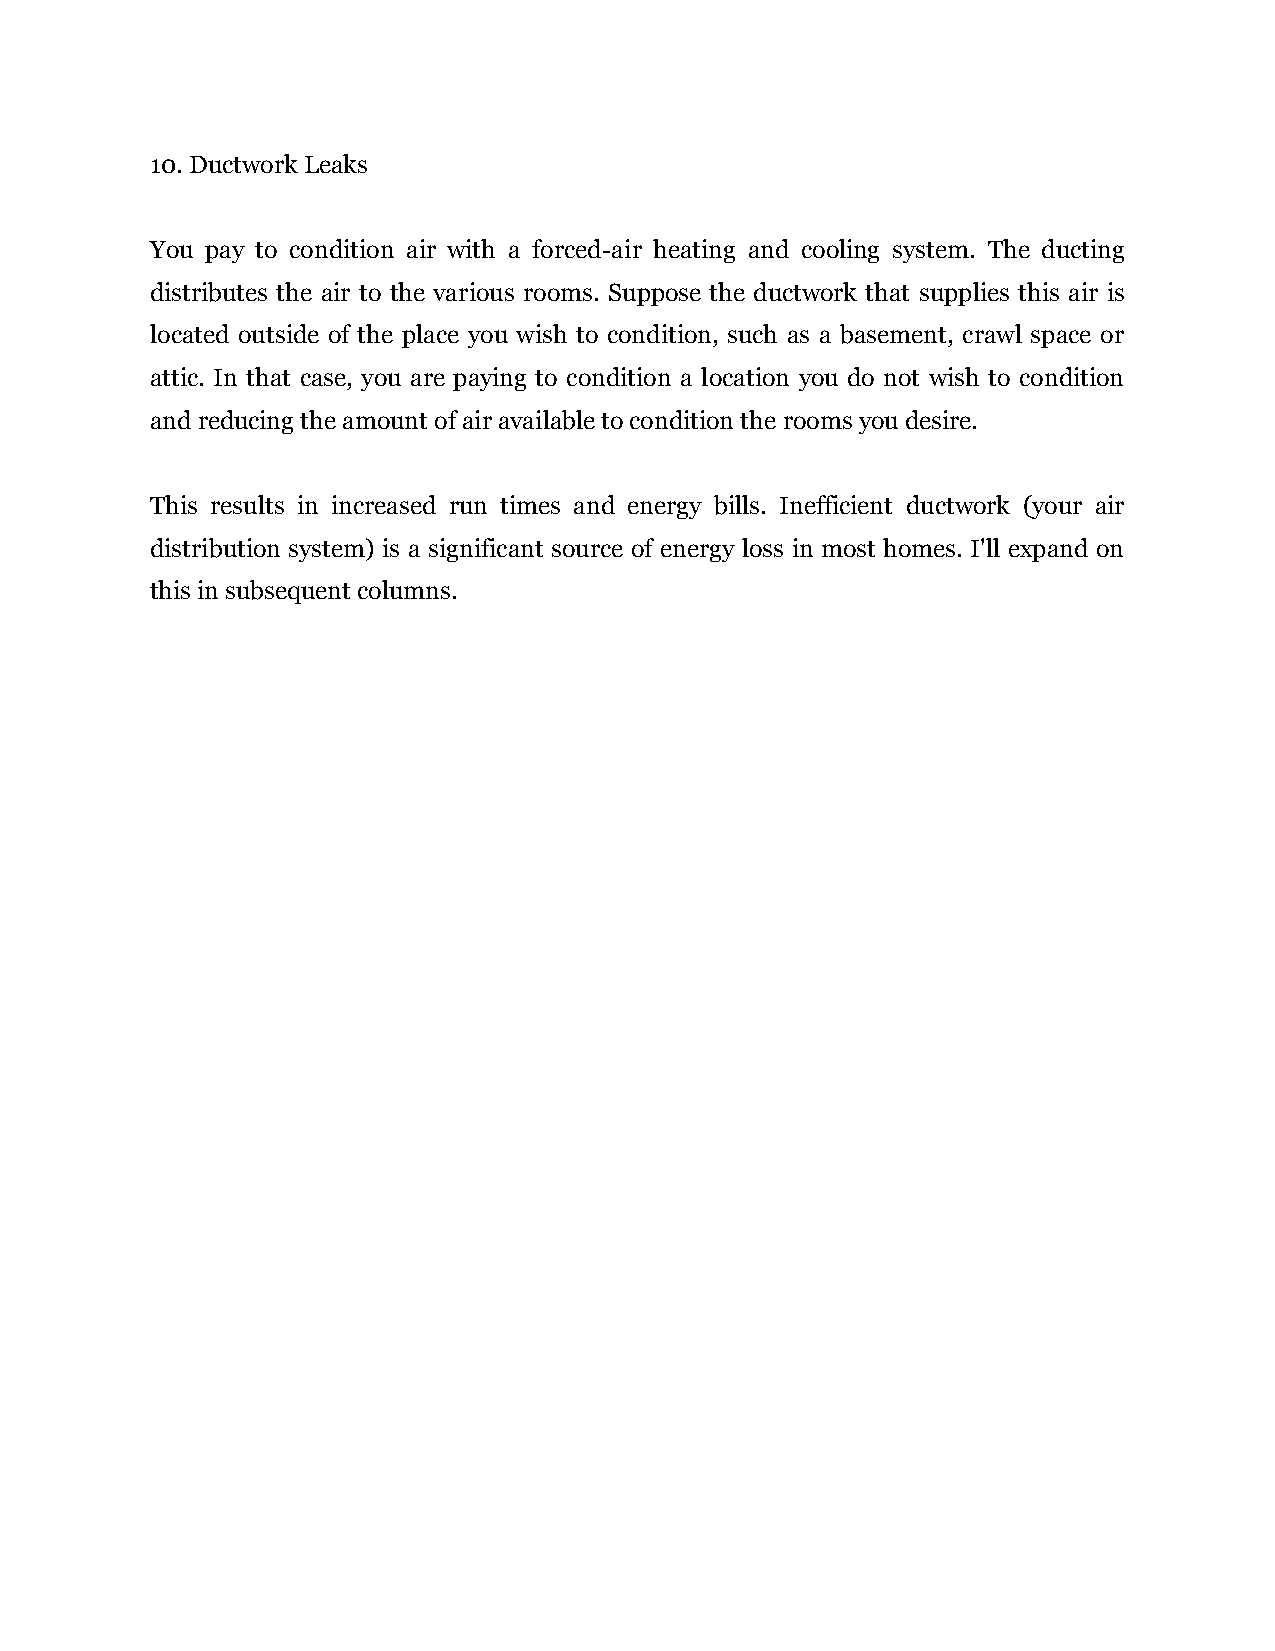
10.Ductwork Leaks
 You pay to condition air with a forced-air heating and cooling system. The ducting
 distributes the air to the various rooms. Suppose the ductwork that supplies this air is
 located outside of the place you wish to condition, such as a basement, crawl space or
 attic. In that case, you are paying to condition a location you do not wish to condition
 and reducing the amount of air available to condition the rooms you desire.
 This results in increased run times and energy bills. Inefficient ductwork (your air
 distribution system) is a significant source of energy loss in most homes. I'll expand on
 this in subsequent columns.